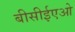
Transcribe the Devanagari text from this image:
बीसीईएओ